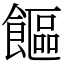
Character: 饇